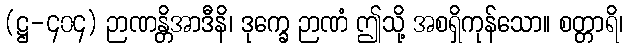
(ဋ္ဌ-၄၀၄) ဉာဏန္တိအာဒီနိ၊ ဒုက္ခေ ဉာဏံ ဤသို့ အစရှိကုန်သော။ စတ္တာရိ၊